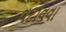
વટાવવા